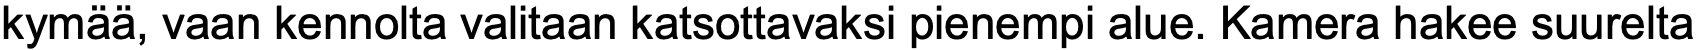
kymää, vaan kennolta valitaan katsottavaksi pienempi alue. Kamera hakee suurelta